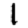
Digit: 1